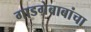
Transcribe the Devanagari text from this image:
गाडगेबाबांचा